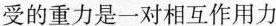
受的重力是一对相互作用力